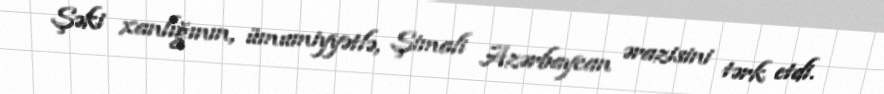
Şəki xanlığının, ümumiyyətlə, Şimali Azərbaycan ərazisini tərk etdi.